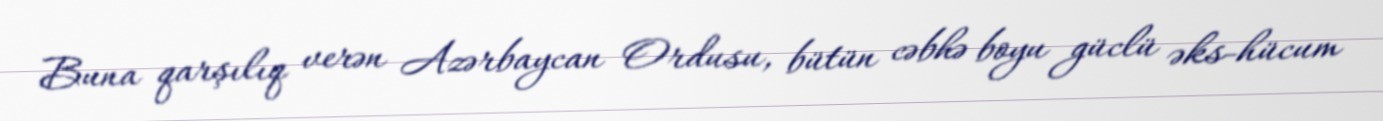
Buna qarşılıq verən Azərbaycan Ordusu, bütün cəbhə boyu güclü əks-hücum